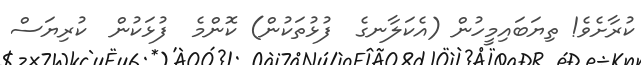
ކުރާށެވެ! ތިޔަބައިމީހުން (އެކަލާނގެ  ފުޅުތަކުން) ކޮންމެ  ފުޅަކުން  ކުރިޔަސް